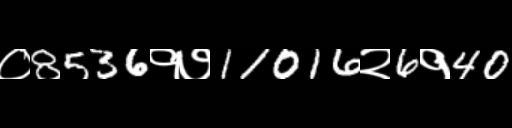
Text: ०8536१७11016२6१40